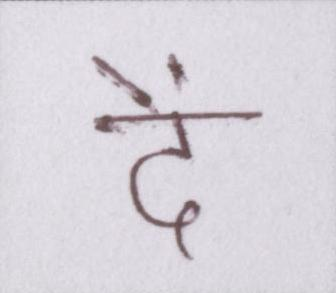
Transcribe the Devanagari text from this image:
दें